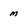
Character: m